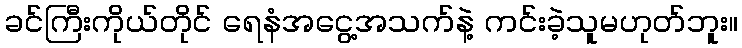
ခင်ကြီးကိုယ်တိုင် ရေနံအငွေ့အသက်နဲ့ ကင်းခဲ့သူမဟုတ်ဘူး။